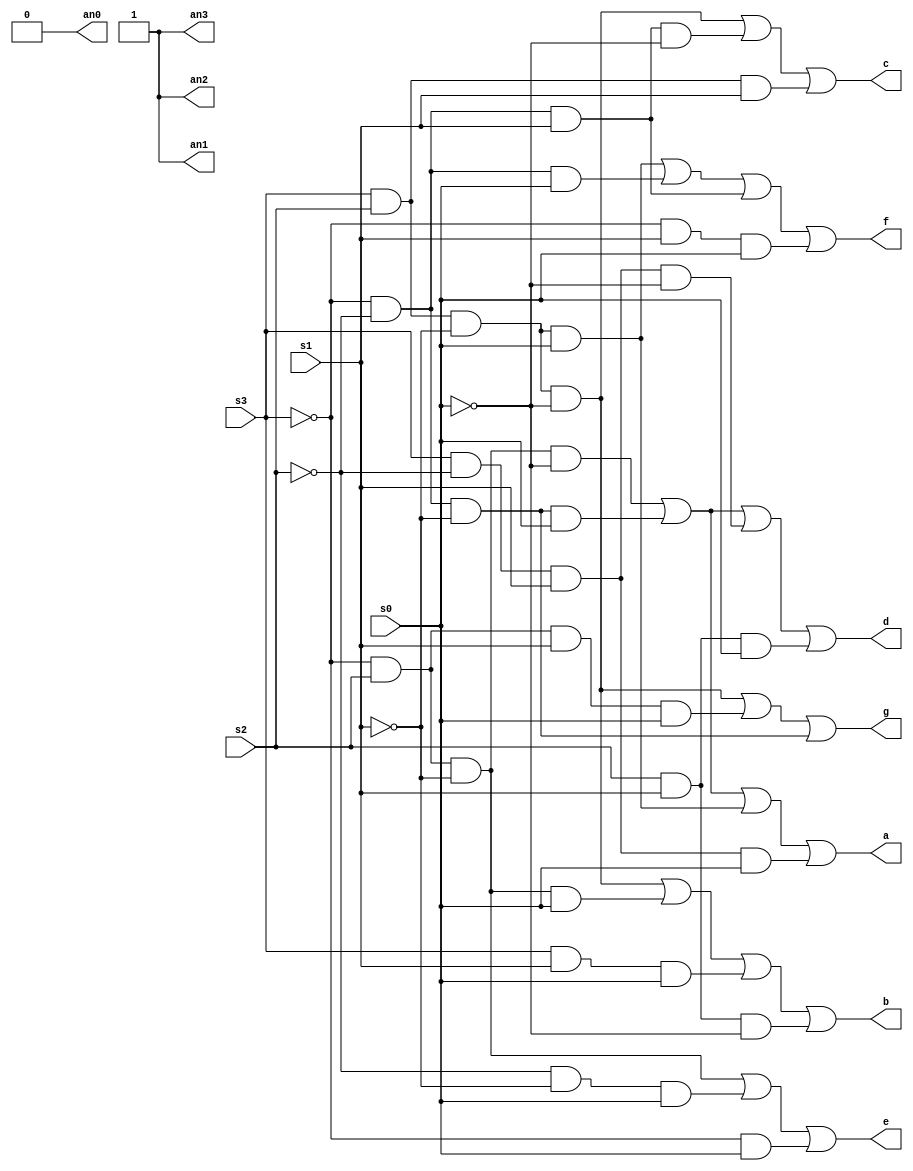
`timescale 1ns / 1ps
//////////////////////////////////////////////////////////////////////////////////
// Company: 
// Engineer: 
// 
// Design Name: 
// Module Name: sevenSeg
// Project Name: 
// Target Devices: 
// Tool Versions: 
// Description: 
// 
// Dependencies: 
// 
// Revision:
// Revision 0.01 - File Created
// Additional Comments:
// 
//////////////////////////////////////////////////////////////////////////////////


module sevenSeg(
    input s0,
    input s1,
    input s2,
    input s3,
    output a,
    output b,
    output c,
    output d,
    output e,
    output f,
    output g,
    output an0,
    output an1,
    output an2,
    output an3
    );
    wire s0_not, s1_not, s2_not, s3_not;
    wire x0, x1, x2, x3, x4, x5, x6, x7, x8, x9, x10, x11, x12, x13, x14, x15, x16, x17, x18, x19, x20, x21, x22, x23, x24;
    
    or(an1, 1);
    or(an2, 1);
    or(an3, 1);
    and(an0, 0);
    not(s0_not, s0);
    not(s1_not, s1);
    not(s2_not, s2);
    not(s3_not, s3);
    
    and(x0, s3_not, s2, s1_not, s0_not);
    and(x1, s3_not, s2_not, s1_not, s0);
    and(x2, s3, s2, s1_not, s0);
    and(x3, s3, s2_not, s1, s0);
    or(a, x0, x1, x2, x3);
    
    and(x4, s3, s2, s1_not, s0_not);
    and(x5, s3_not, s2, s1_not, s0);
    and(x6, s3, s1, s0);
    and(x7, s2, s1, s0_not);
    or(b, x4, x5, x6, x7);
    
    and(x8, s3, s2, s1_not, s0_not);
    and(x9, s3_not, s2_not, s1, s0_not);
    and(x10, s3, s2, s1);
    or(c, x8, x9, x10);
    
    and(x11, s3_not, s2, s1_not, s0_not);
    and(x12, s3_not, s2_not, s1_not, s0);
    and(x13, s3, s2_not, s1, s0_not);
    and(x14, s2, s1, s0);
    or(d, x11, x12, x13, x14);
    
    and(x15, s3_not, s2, s1_not);
    and(x16, s2_not, s1_not, s0);
    and(x17, s3_not, s0);
    or(e, x15, x16, x17);
    
    and(x18, s3, s2, s1_not, s0);
    and(x19, s3_not, s2_not, s0);
    and(x20, s3_not, s2_not, s1);
    and(x21, s3_not, s1, s0);
    or(f, x18, x19, x20, x21);
    
    and(x22, s3, s2, s1_not, s0_not);
    and(x23, s3_not, s2, s1, s0);
    and(x24, s3_not, s2_not, s1_not);
    or(g, x22, x23, x24);
    
endmodule